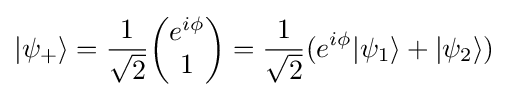
|\psi _{+}\rangle ={\frac {1}{\sqrt {2}}}{\begin{pmatrix}e^{i\phi }\\1\end{pmatrix}}={\frac {1}{\sqrt {2}}}(e^{i\phi }|\psi _{1}\rangle +|\psi _{2}\rangle )